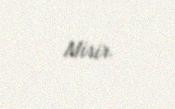
Misir.